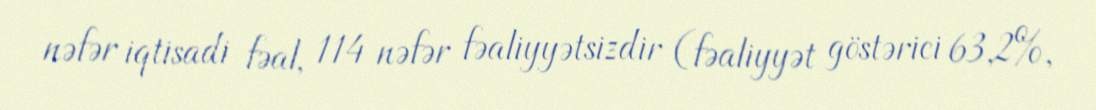
nəfər iqtisadi fəal, 114 nəfər fəaliyyətsizdir (fəaliyyət göstərici 63,2%,